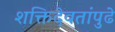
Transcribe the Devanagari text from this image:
शक्तिदेवतांपुढे